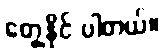
တွေ့နိုင် ပါတယ်။